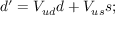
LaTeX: d ^ { \prime } = V _ { u d } d + V _ { u s } s ;